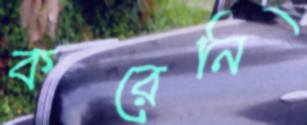
করেনি